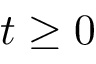
t \geq 0